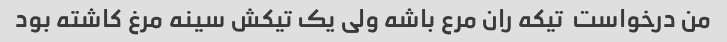
من درخواست  تیکه ران مرع باشه ولی یک تیکش سینه مرغ کاشته بود